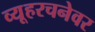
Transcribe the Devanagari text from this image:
व्यूहरचनेवर